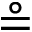
\circeq